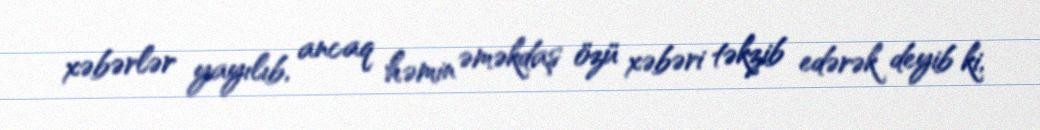
xəbərlər yayılıb, ancaq həmin əməkdaş özü xəbəri təkzib edərək deyib ki,